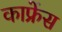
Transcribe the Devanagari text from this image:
काफ्रेंस